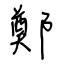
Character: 鄭